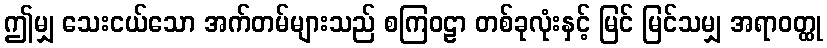
ဤမျှ သေးငယ်သော အက်တမ်များသည် စကြဝဠာ တစ်ခုလုံးနှင့် မြင် မြင်သမျှ အရာဝတ္ထု